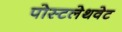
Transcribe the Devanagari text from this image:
पोस्टलेथवेट